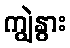
ကျွဲနွား